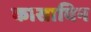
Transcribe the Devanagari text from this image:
कासाविन